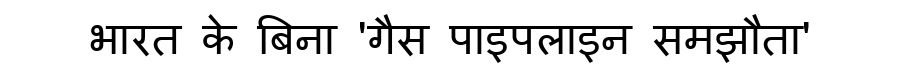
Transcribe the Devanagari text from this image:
भारत के बिना 'गैस पाइपलाइन समझौता'